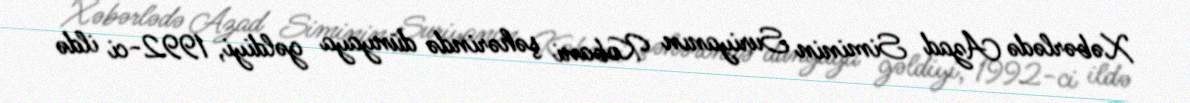
Xəbərlədə Azad Siminin Suriyanın Kobani şəhərində dünyaya gəldiyi, 1992-ci ildə